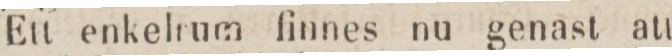
Ett enkelrum finnes nu genast att